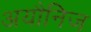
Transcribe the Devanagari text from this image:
अयौनिज